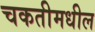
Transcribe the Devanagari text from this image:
चकतीमधील